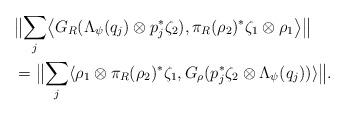
LaTeX: \begin{align*}&\bigl\|\sum_j\bigl\langle G_R(\Lambda_{\psi}(q_j)\otimes p_j^*\zeta_2),\pi_R(\rho_2)^*\zeta_1\otimes\rho_1\bigr\rangle\bigr\| \\&=\bigl\|\sum_j\langle\rho_1\otimes\pi_R(\rho_2)^*\zeta_1,G_{\rho}(p_j^*\zeta_2\otimes\Lambda_{\psi}(q_j))\rangle\bigr\|. \end{align*}